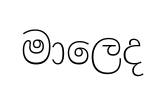
මාලෙද